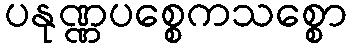
ပနုဏ္ဏပစ္စေကသစ္စော